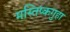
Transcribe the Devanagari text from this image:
मस्तिष्कगुहा